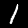
Label: 1